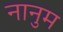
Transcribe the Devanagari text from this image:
नानुम